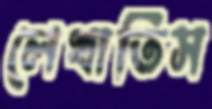
লেখাতিস